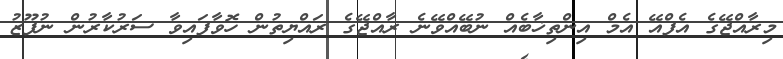
މިރާއްޖޭގެ އެފްއޭ އެމް އިންތިޚާބެއް ނުބޭއްވޭނެ ރާއްޖޭގެ ރައްޔިތުން ހޮވާފައިވާ ސަރުކާރުން ނުފޫޒު